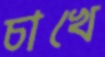
চাখে